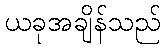
ယခုအချိန်သည်